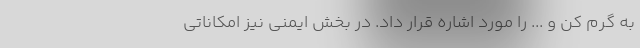
به گرم کن و ... را مورد اشاره قرار داد. در بخش ایمنی نیز امکاناتی